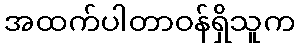
အထက်ပါတာဝန်ရှိသူက